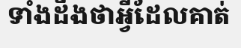
ទាំងដឹងថាអ្វីដែលគាត់